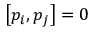
\left[ p _ { i } , p _ { j } \right] = 0